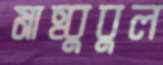
মাহ্বুবুল